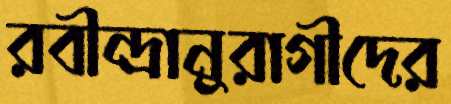
রবীন্দ্রানুরাগীদের